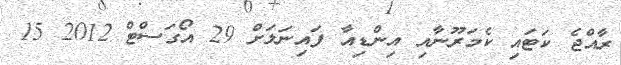
ރާއްޖެ ކަޓައި ކެމަރޫނާއި އިންޑިއާ ފައިނަލަށް 29 އޯގަސްޓް 2012 15